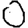
Digit: 0